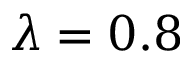
\lambda = 0 . 8